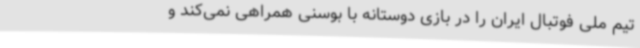
تیم ملی فوتبال ایران را در بازی دوستانه با بوسنی همراهی نمی‌کند و